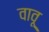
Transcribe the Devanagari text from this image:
वावू